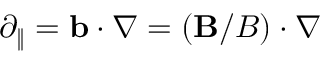
\partial _ { \| } = \mathbf { b } \cdot \nabla = ( \mathbf { B } / B ) \cdot \nabla